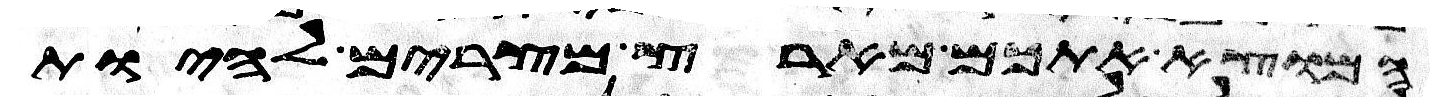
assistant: המוצא אתכם מארץ מצרים להיות